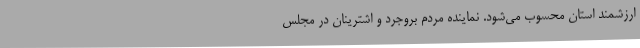
ارزشمند استان محسوب می‌شود. نماینده مردم بروجرد و اشترینان در مجلس